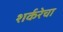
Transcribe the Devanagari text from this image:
शर्करेचा